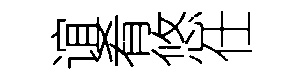
谊肴悠仕